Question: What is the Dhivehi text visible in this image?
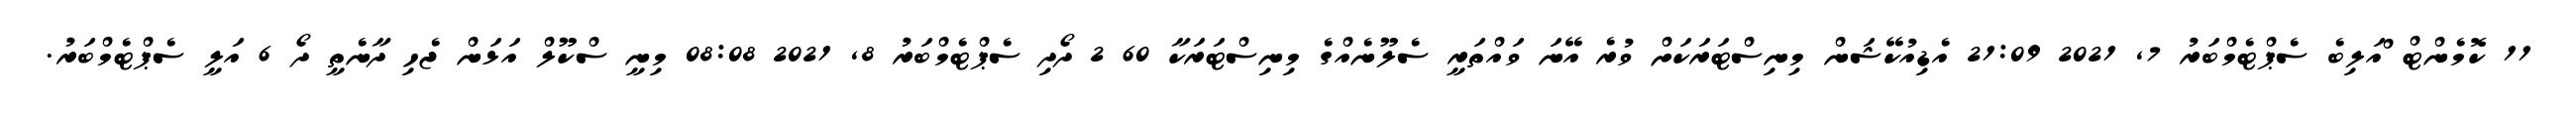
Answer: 11 ކޮމެންޓް ްއަލިބެ ސެޕްޓެމްބަރު 7, 2021 21:09 އެޑިއުކޭޝަން މިނިސްޓަރަކަށް ވުރެ އޭނަ ވައްތަރީ ސެލޫނެއްގެ މިނިސްޓަރަކާ 60 2 ދޯދި ސެޕްޓެމްބަރު 8, 2021 08:08 މިނީ ސްކޫލް އަޅަން ޖެހި ދާނެތީ ދޯ 6 އަލީ ސެޕްޓެމްބަރު.